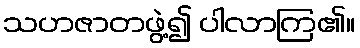
သဟဇာတဖွဲ့၍ ပါလာကြ၏။